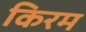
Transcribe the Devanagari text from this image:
किरम